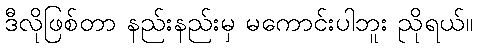
ဒီလိုဖြစ်တာ နည်းနည်းမှ မကောင်းပါဘူး ညိုရယ်။